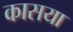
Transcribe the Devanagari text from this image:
कासया